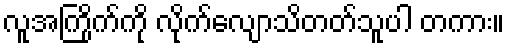
လူအကြိုက်ကို လိုက်လျောသိတတ်သူပါ တကား။